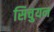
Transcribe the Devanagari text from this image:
सिचुयन